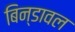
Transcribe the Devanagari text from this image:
बिन्डावल